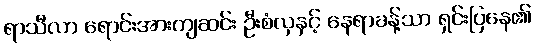
ရာသီလာ ရောင်းအားကျဆင်း ဦးစံလှနှင့် နေရာခန့်သာ ရှင်းပြနေ၏